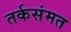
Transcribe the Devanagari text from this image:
तर्कसंमत